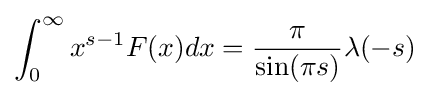
\int _{0}^{\infty }x^{s-1}F(x)dx={\frac {\pi }{\sin(\pi s)}}\lambda (-s)